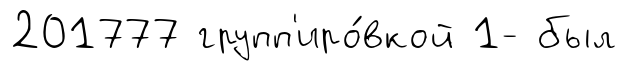
201777 групп'иро́вкой 1- был